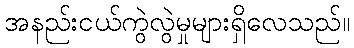
အနည်းငယ်ကွဲလွဲမှုများရှိလေသည်။